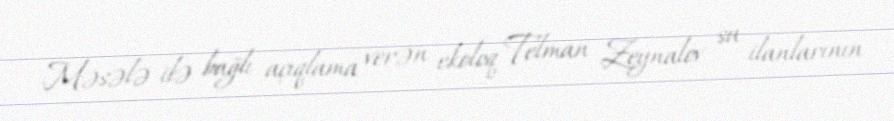
Məsələ ilə bağlı açıqlama verən ekoloq Telman Zeynalov su ilanlarının